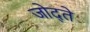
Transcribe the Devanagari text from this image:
जोद्ते